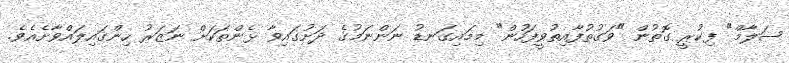
ސަލާމް" ފިކުރީ ގޮތުން "ވަގުތުފާއިތުވީފަހުން" މިމައިގަނޑު ނަންނަމުގެ ދަށުގައިވާ ޅެންތަކަށް ނަޒަރު ހިންގައިލައްވާށެއެވެ.